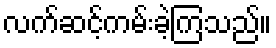
လက်ဆင့်ကမ်းခဲ့ကြသည်။